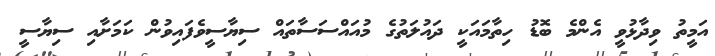
އަމީތު ވިދާޅުވީ އެންމެ ބޮޑު ހިތާމައަކީ ދައުލަތުގެ މުއައްސަސާތައް ސިޔާސީވެފައިވުން ކަމަށާއި ސިޔާސީ